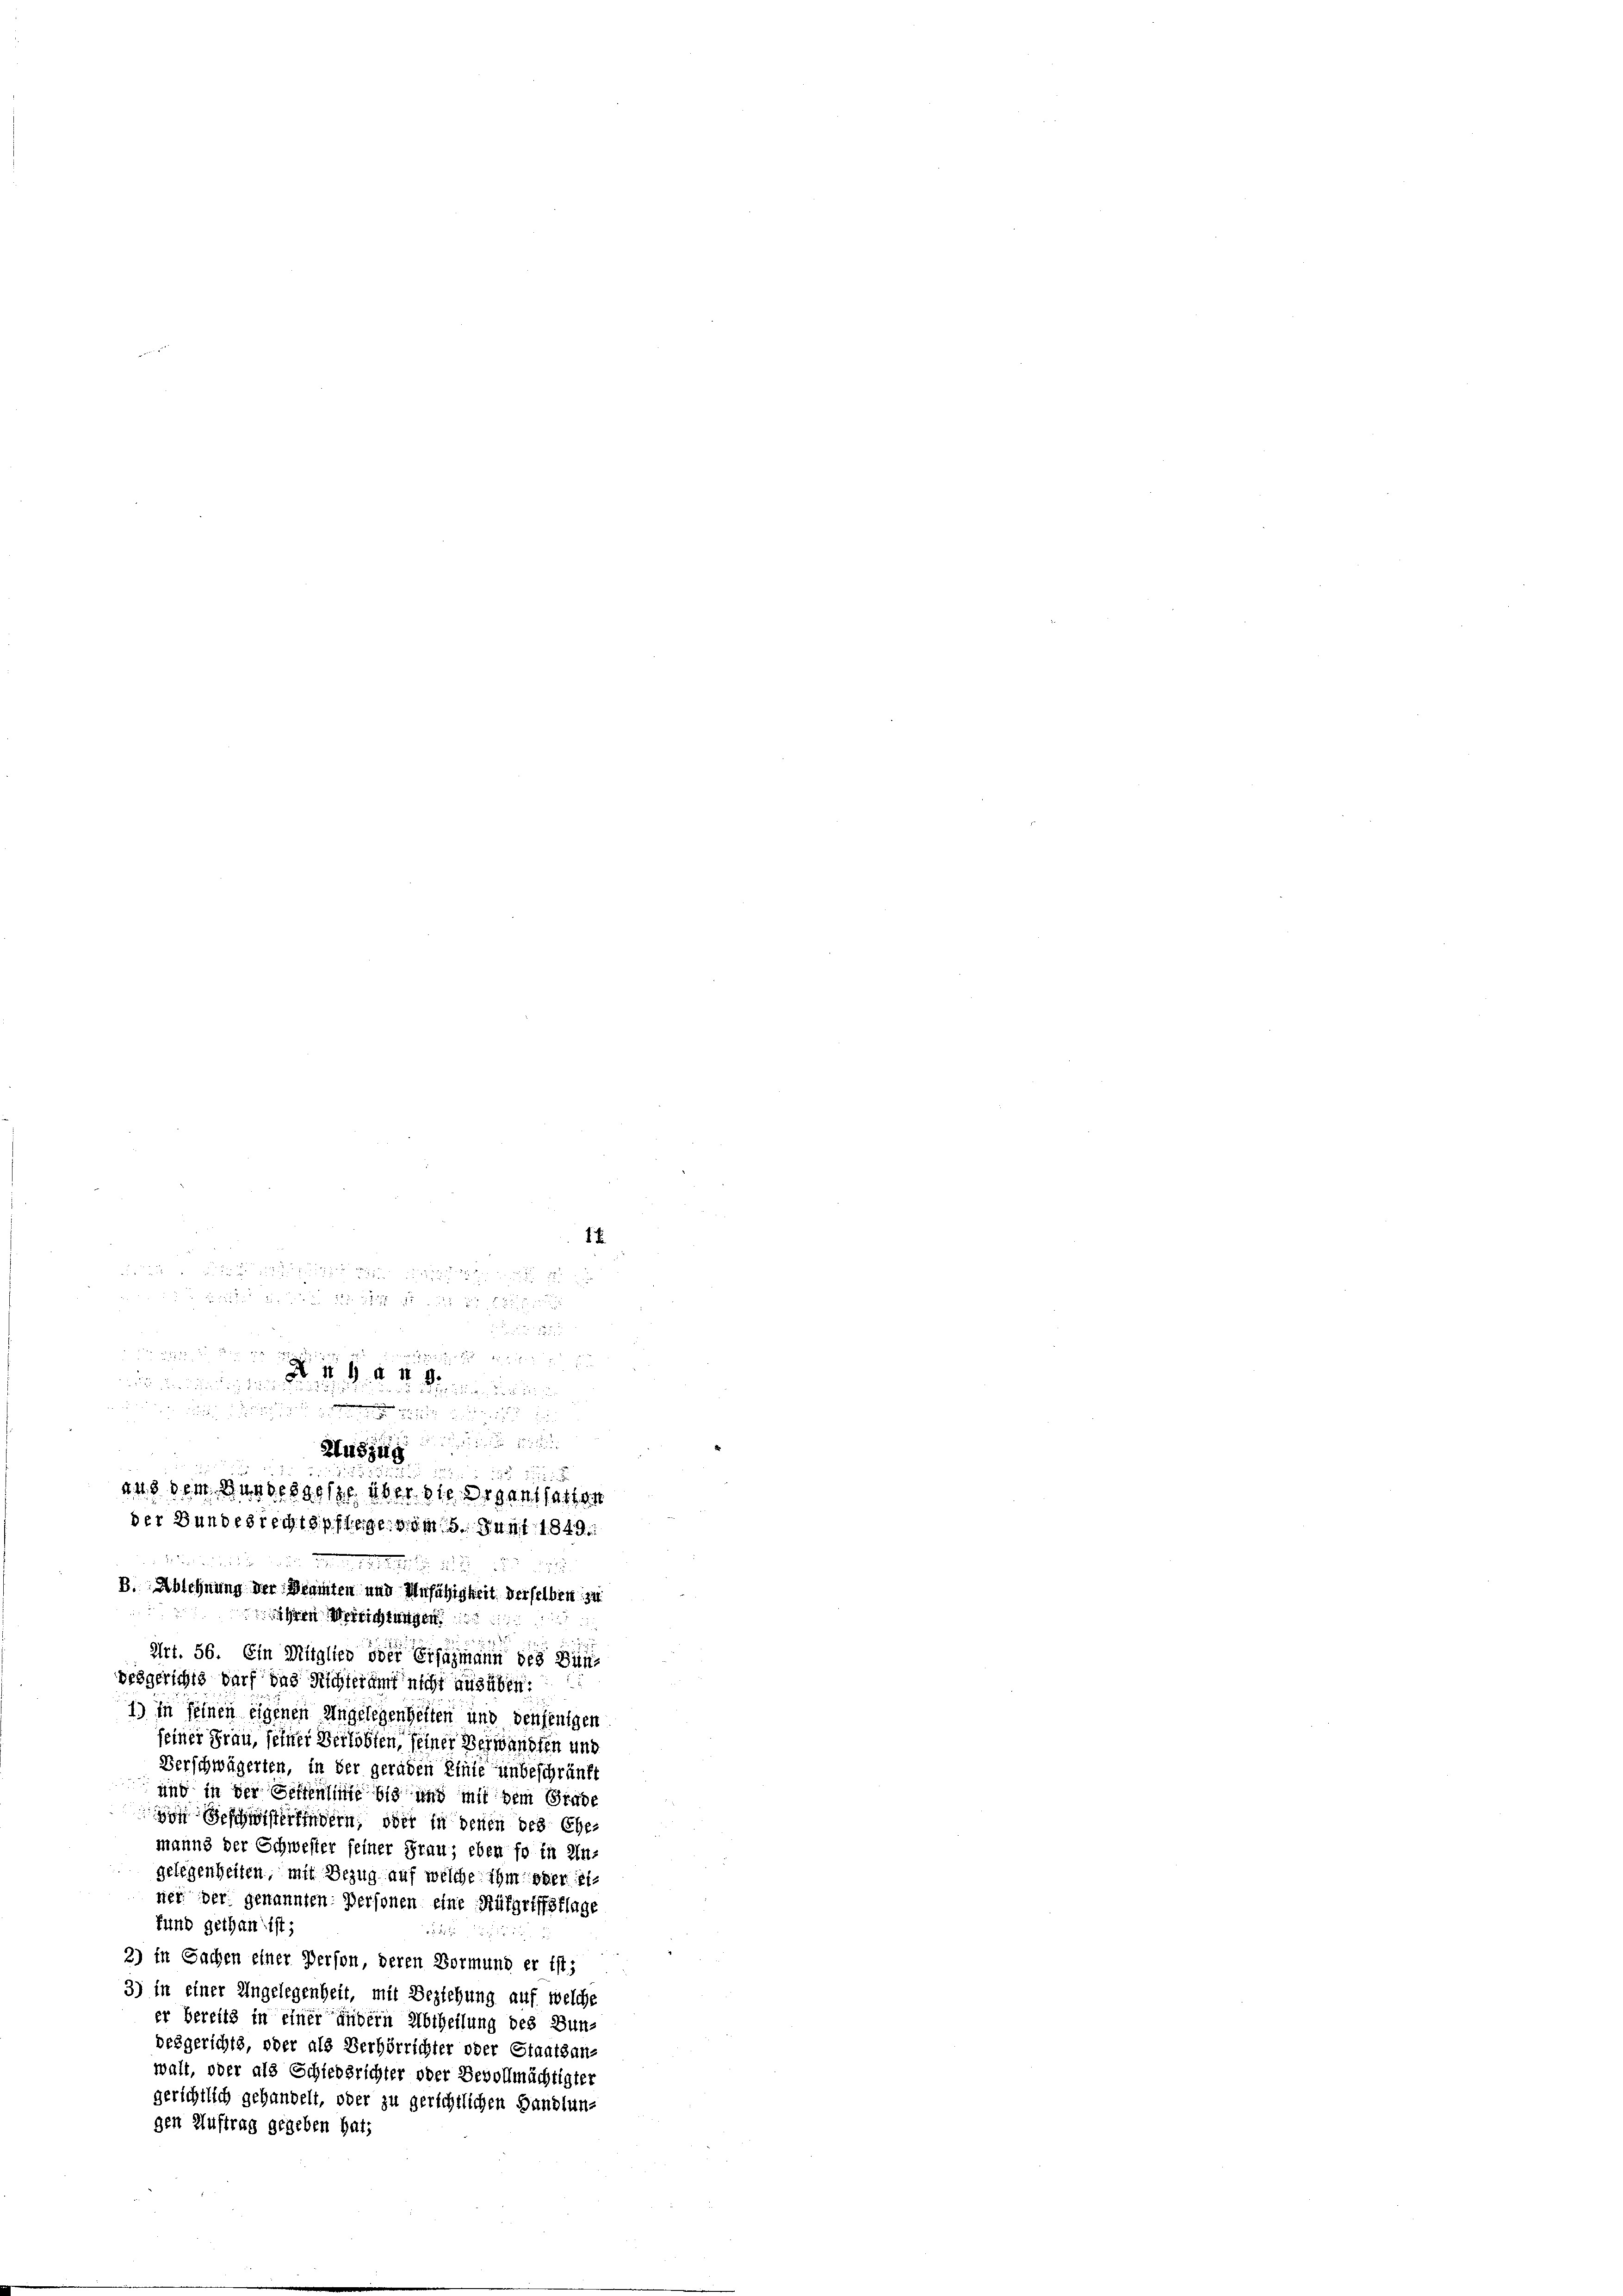
und einigen d. d. d. d.

Huszug
2
und dem Bunde dieses über die Organthalten
der Bundesrechtspflegen am 5. Juni 1849
§ 257

5

B. Ablehnung der Beamten und Unfähigkeit derselben zu
2 x 15 x
Art. 56. Ein Mitglied oder Erfahmann des Bünvergerichts darf das Richteramt nicht ausüben.
1) In seinen eigenen Angelegenheiten und denjenigen
feiner Frau, seiner Verlobten, seiner Verwandten und
Verschwägerten, in der geraden Einte unbeschränft
und in der Seitenlinie bis und mit dem Grabe
den Beschiedern, oder in denen des Ehemanns der Schwester seiner Frau; eben fo in ein-
gelegenheiten, mit Bezug auf welche ihm ober einiet der genannten Personen eine Aufgriffsflage
fund gethan ist;

2) In Sachen einer Person, deren Vormund er ist;
3) In einer Engelegenheit, mit Beziehung auf welche
er bereits in einer andern Abtheilung des Bun-
desgerichts, oder als Verhörrichter oder Staatsan-
walt, oder als Schiedsrichter oder Bevollmächtigter
gerichtlich gehandelt, oder zu gerichtlichen Handlun-
gen Auftrag gegeben hat;

ähren Versichtungen

17